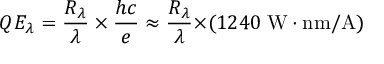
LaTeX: Q E _ { \lambda } = { \frac { R _ { \lambda } } { \lambda } } \times { \frac { h c } { e } } \approx { \frac { R _ { \lambda } } { \lambda } } { \times } ( 1 2 4 0 \; \mathrm { { W } } \cdot \mathrm { { n m / A } } )